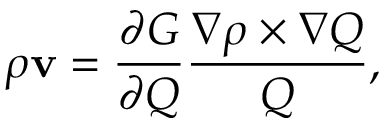
\rho { \bf v } = \frac { \partial G } { \partial Q } \frac { \nabla \rho \times \nabla Q } { Q } ,